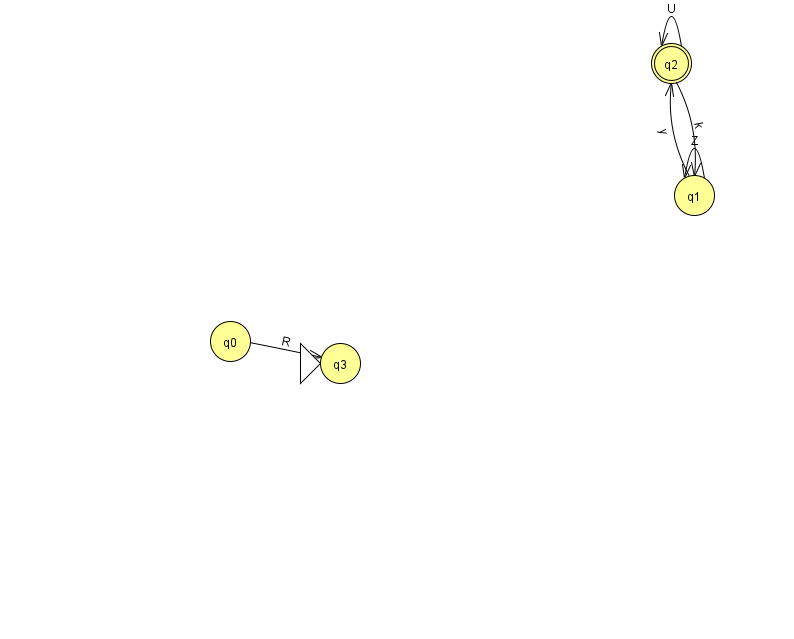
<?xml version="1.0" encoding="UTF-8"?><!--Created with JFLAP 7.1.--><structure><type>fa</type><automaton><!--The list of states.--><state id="0" name="q0"><x>230.0</x><y>328.0</y></state><state id="1" name="q1"><x>694.0</x><y>182.0</y></state><state id="2" name="q2"><x>671.0</x><y>50.0</y><final/></state><state id="3" name="q3"><x>340.0</x><y>350.0</y><initial/></state><!--The list of transitions.--><transition><from>2</from><to>1</to><read>k</read></transition><transition><from>1</from><to>2</to><read>y</read></transition><transition><from>2</from><to>2</to><read>U</read></transition><transition><from>1</from><to>1</to><read>Z</read></transition><transition><from>0</from><to>3</to><read>R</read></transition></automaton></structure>